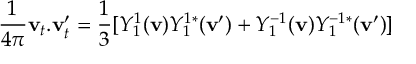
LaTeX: { \frac { 1 } { 4 \pi } } { \mathbf { v } _ { t } . \mathbf { v } _ { t } ^ { \prime } } = { \frac { 1 } { 3 } } [ Y _ { 1 } ^ { 1 } ( { \mathbf { v } } ) Y _ { 1 } ^ { 1 * } ( { \mathbf { v } ^ { \prime } } ) + Y _ { 1 } ^ { - 1 } ( { \mathbf { v } } ) Y _ { 1 } ^ { - 1 * } ( { \mathbf { v } ^ { \prime } } ) ]